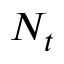
N _ { t }